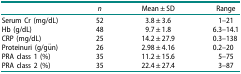
|  | n | Mean ± SD | Range |
 | --- | --- | --- | --- |
 | Serum Cr (mg/dL) | 52 | 3.8 ± 3.6 | 1–21 |
 | Hb (g/dL) | 48 | 9.7 ± 1.8 | 6.3–14.1 |
 | CRP (mg/dL) | 25 | 14.2 ± 27.9 | 0.3–138 |
 | Proteinuri (g/gün) | 26 | 2.98 ± 4.16 | 0.2–20 |
 | PRA class 1 (%) | 35 | 11.2 ± 15.6 | 5–75 |
 | PRA class 2 (%) | 35 | 22.4 ± 27.4 | 3–87 |